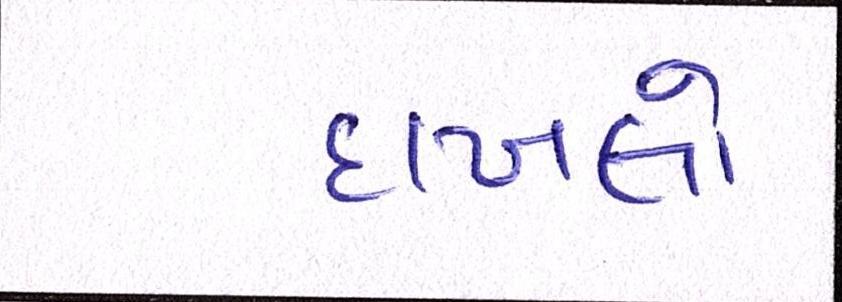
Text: દાખલો